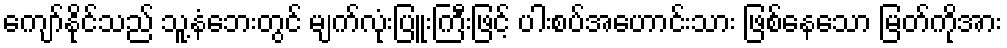
ကျော်နိုင်သည် သူ့နံဘေးတွင် မျက်လုံးပြူးကြီးဖြင့် ပါးစပ်အဟောင်းသား ဖြစ်နေသော မြတ်ကိုအား